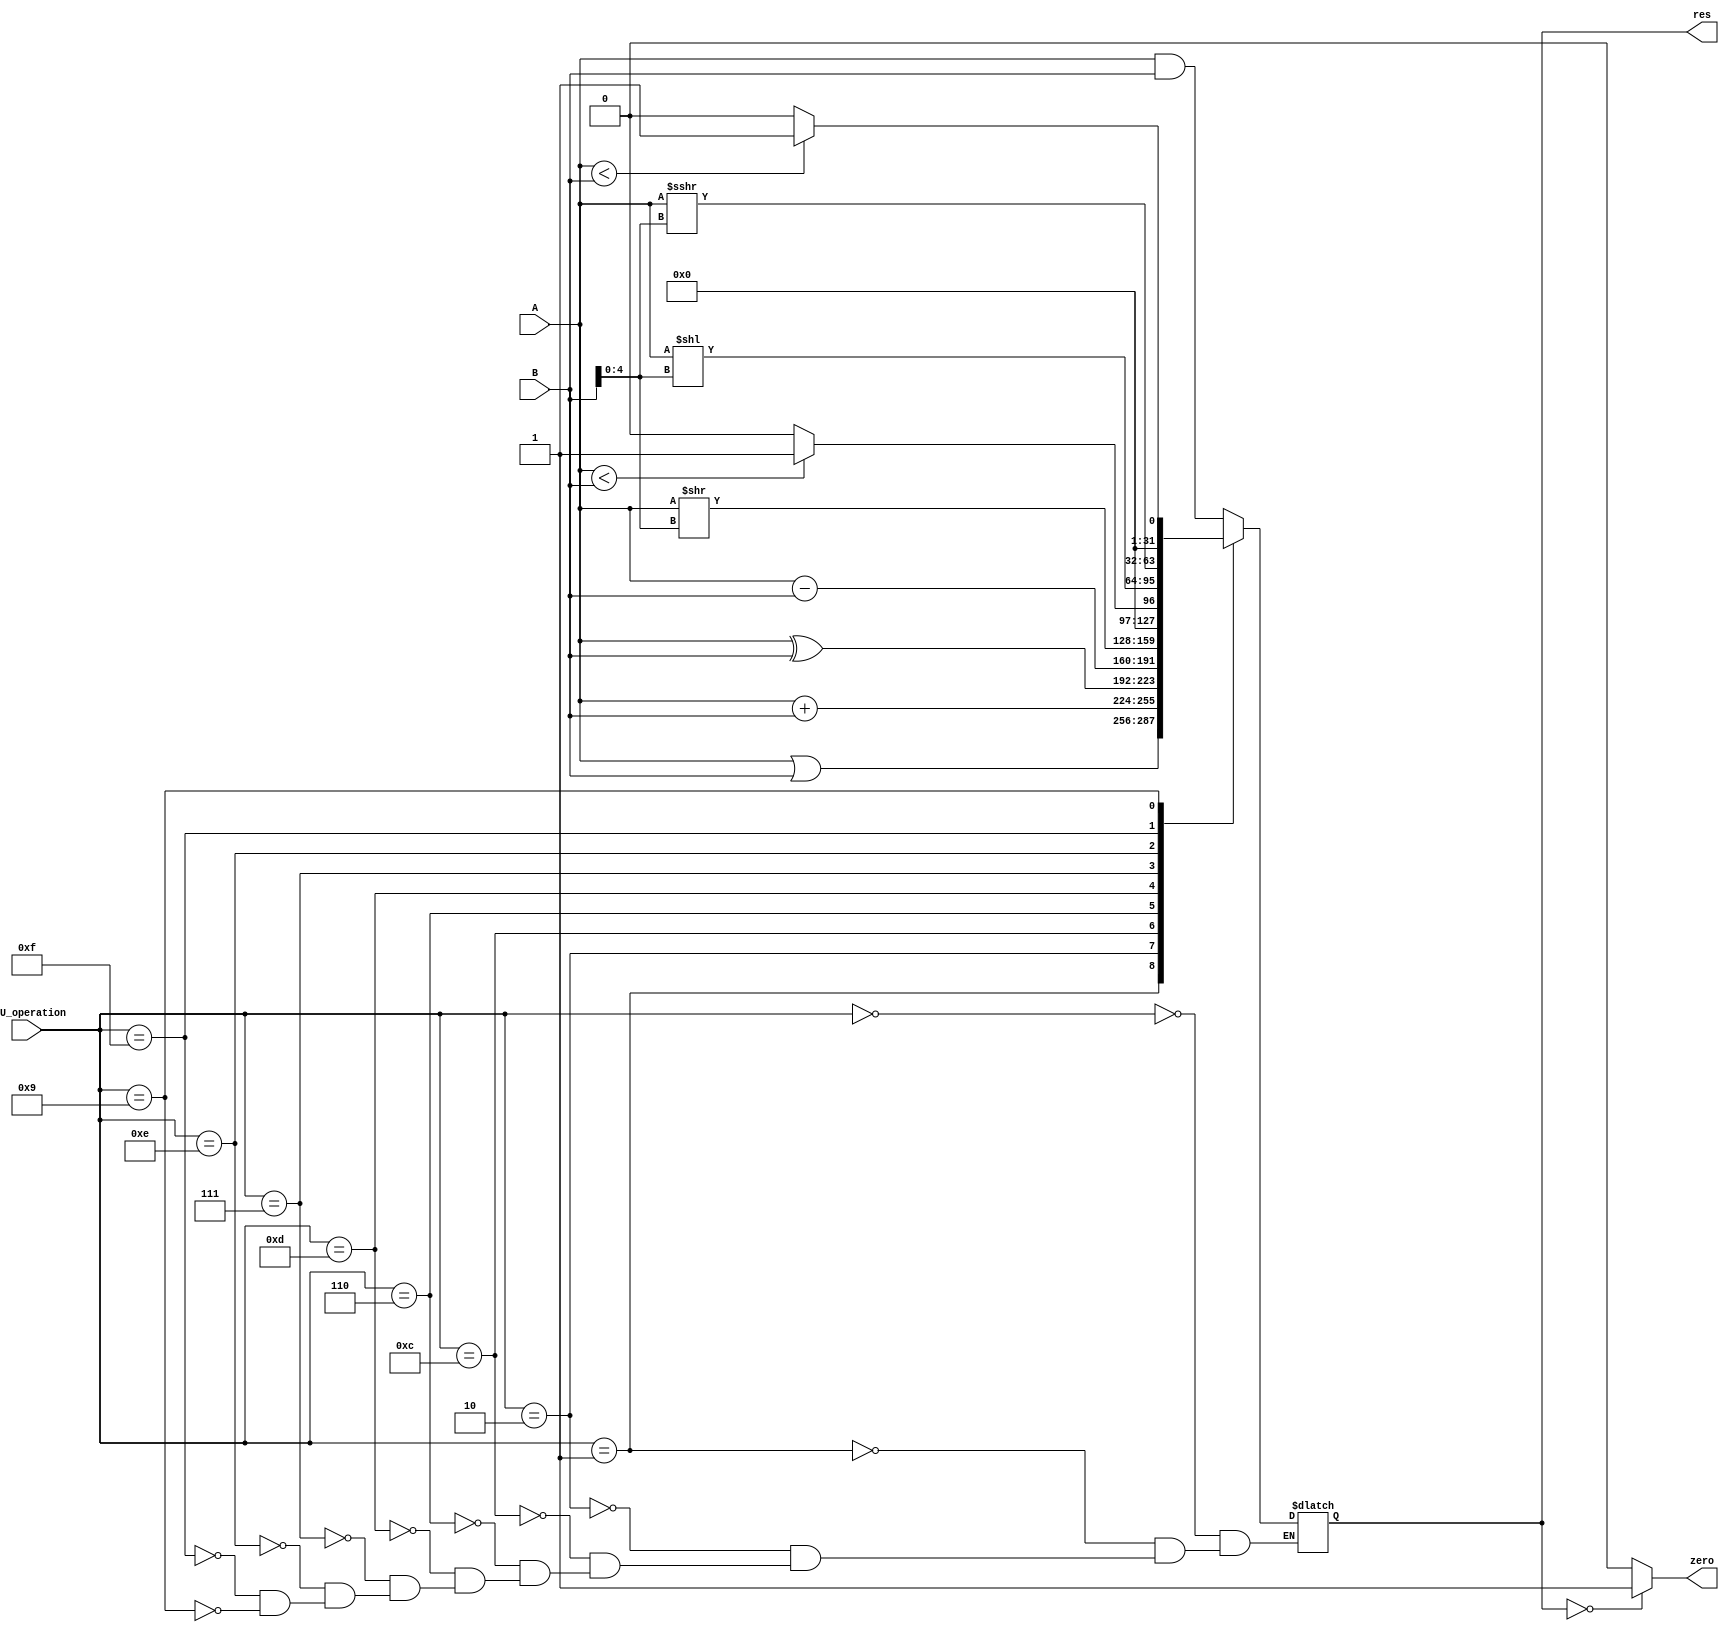
module ALU(
    input [31:0] A,
    input [3:0] ALU_operation,
    input [31:0] B,
    output [31:0] res,
    output zero
);
    reg [31:0]reg_res;
    reg reg_zero;

    always @(*)
        case(ALU_operation)
            4'b0000: reg_res <= A&B; // and 0
            4'b0001: reg_res <= A|B; // or 1
            4'b0010: reg_res <= A+B; // add 2
            4'b1100: reg_res <= A^B; // xor c
            4'b0110: reg_res <= A-B; // sub 6
            4'b1101: reg_res <= A >> B[4:0]; // srl d
            4'b0111: reg_res <= $signed(A) < $signed(B) ? 1:0; // slt 7
            4'b1110: reg_res <= A << B[4:0]; // sll e
            4'b1111: reg_res <= A >>> B[4:0]; // sra f
            4'b1001: reg_res <= $unsigned(A) < $unsigned(B) ? 1:0; // sltu 9
        endcase
        assign res = reg_res;
        assign zero = (res==0 ? 1:0);
endmodule